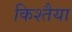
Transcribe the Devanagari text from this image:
किश्तैया